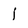
Character: j